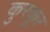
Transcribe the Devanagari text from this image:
कुरकूर